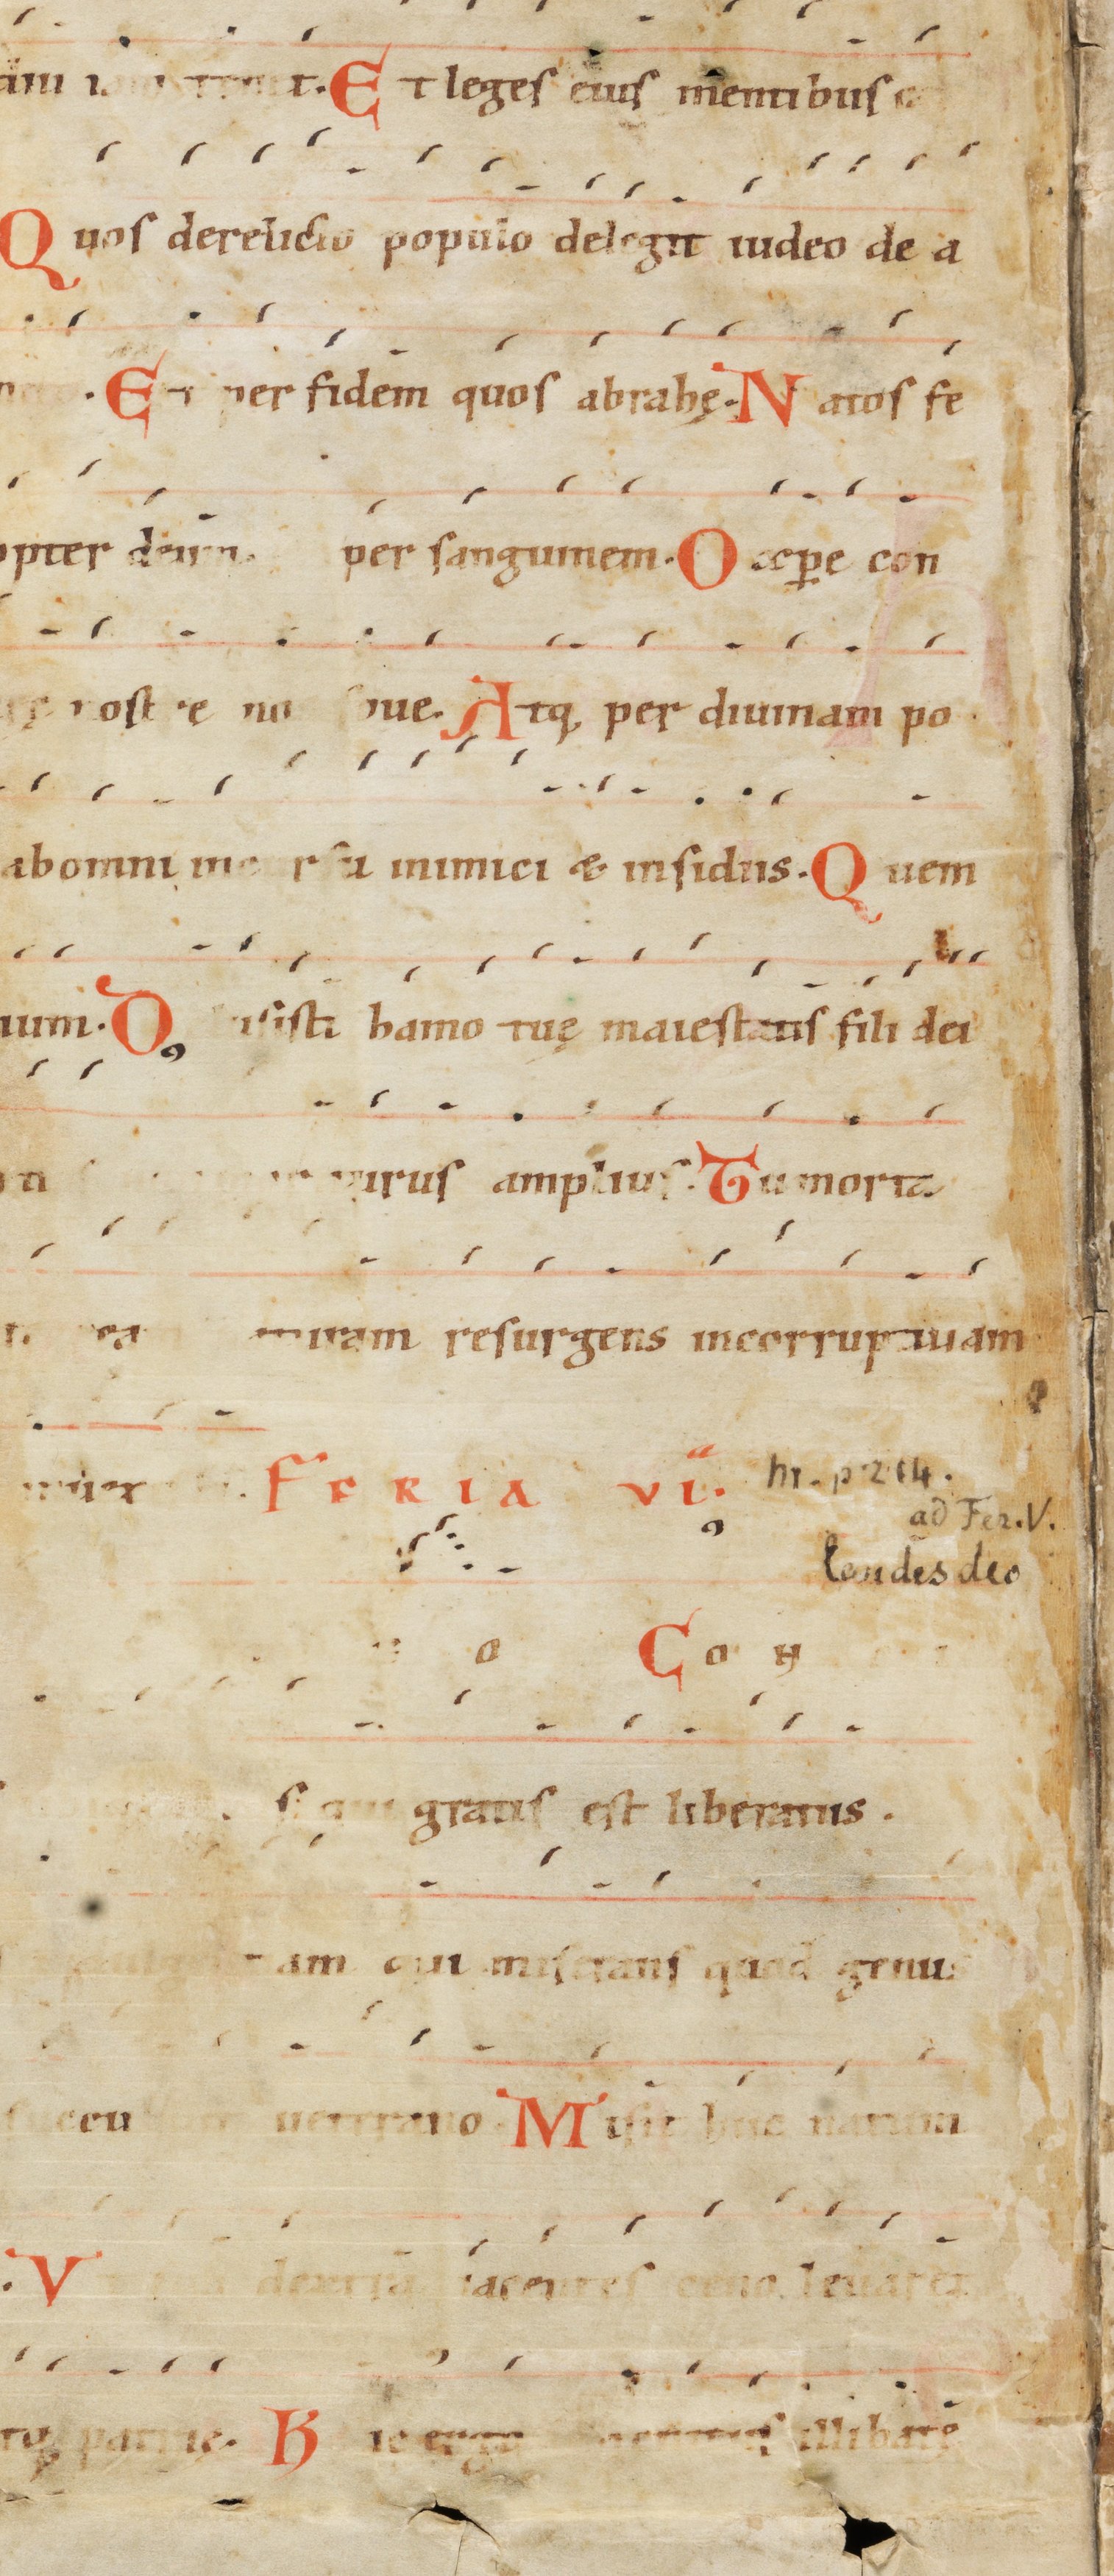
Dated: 1000–1199